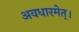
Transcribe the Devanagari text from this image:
अवधारमेत्।